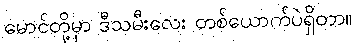
မောင်တို့မှာ ဒီသမီးလေး တစ်ယောက်ပဲရှိတာ။